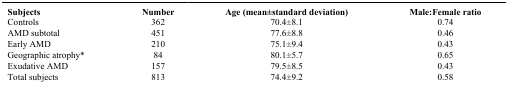
| Subjects | Number | Age (mean±standard deviation) | Male:Female ratio |
 | --- | --- | --- | --- |
 | Controls | 362 | 70.4±8.1 | 0.74 |
 | AMD subtotal | 451 | 77.6±8.8 | 0.46 |
 | Early AMD | 210 | 75.1±9.4 | 0.43 |
 | Geographic atrophy* | 84 | 80.1±5.7 | 0.65 |
 | Exudative AMD | 157 | 79.5±8.5 | 0.43 |
 | Total subjects | 813 | 74.4±9.2 | 0.58 |